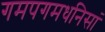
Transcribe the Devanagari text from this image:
गमपगमधनिसां